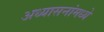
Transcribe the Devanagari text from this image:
अध्यासनांमध्ये